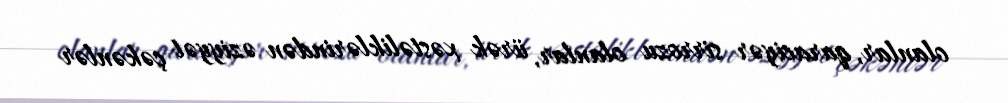
olanlar, qaraciyər sirrozu olanlar, ürək xəstəliklərindən əziyyət çəkənlər